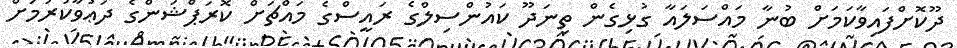
ދޫކޮށްފައިވާކަމަށް ބުނާ މައްސަލައާ ގުޅިގެން ތިނަދޫ ކައުންސިލްގެ ރައީސްގެ މައްޗަށް ކޮރަޕްޝަންގެ ދަޢުވާކުރުމަށް